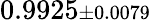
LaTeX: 0.9925{\scriptstyle\pm 0.0079}